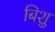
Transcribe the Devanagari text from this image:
बिशु